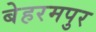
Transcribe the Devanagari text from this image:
बेहरमपुर